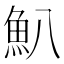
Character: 𩵒